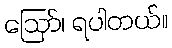
ဪ၊ ရပါတယ်။